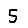
Digit: 5